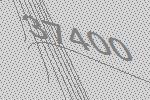
37400